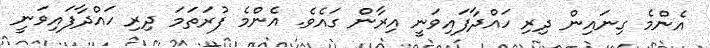
އެންމެ ގިނައިން ދިރި ހައްދާފައިވަނީ އިރާން ގައެވެ. އެންމެ ފުރަތަމަ ދިރި ހައްދާފައިވަނީ